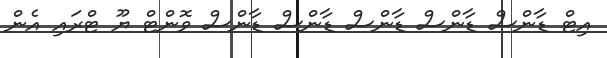
އިޓް ޑާންސް ޑާންސް ޑާންސް ޑާންސް ޑާންސް ވޮންޓް ޔޫ ޓްރައި އެން